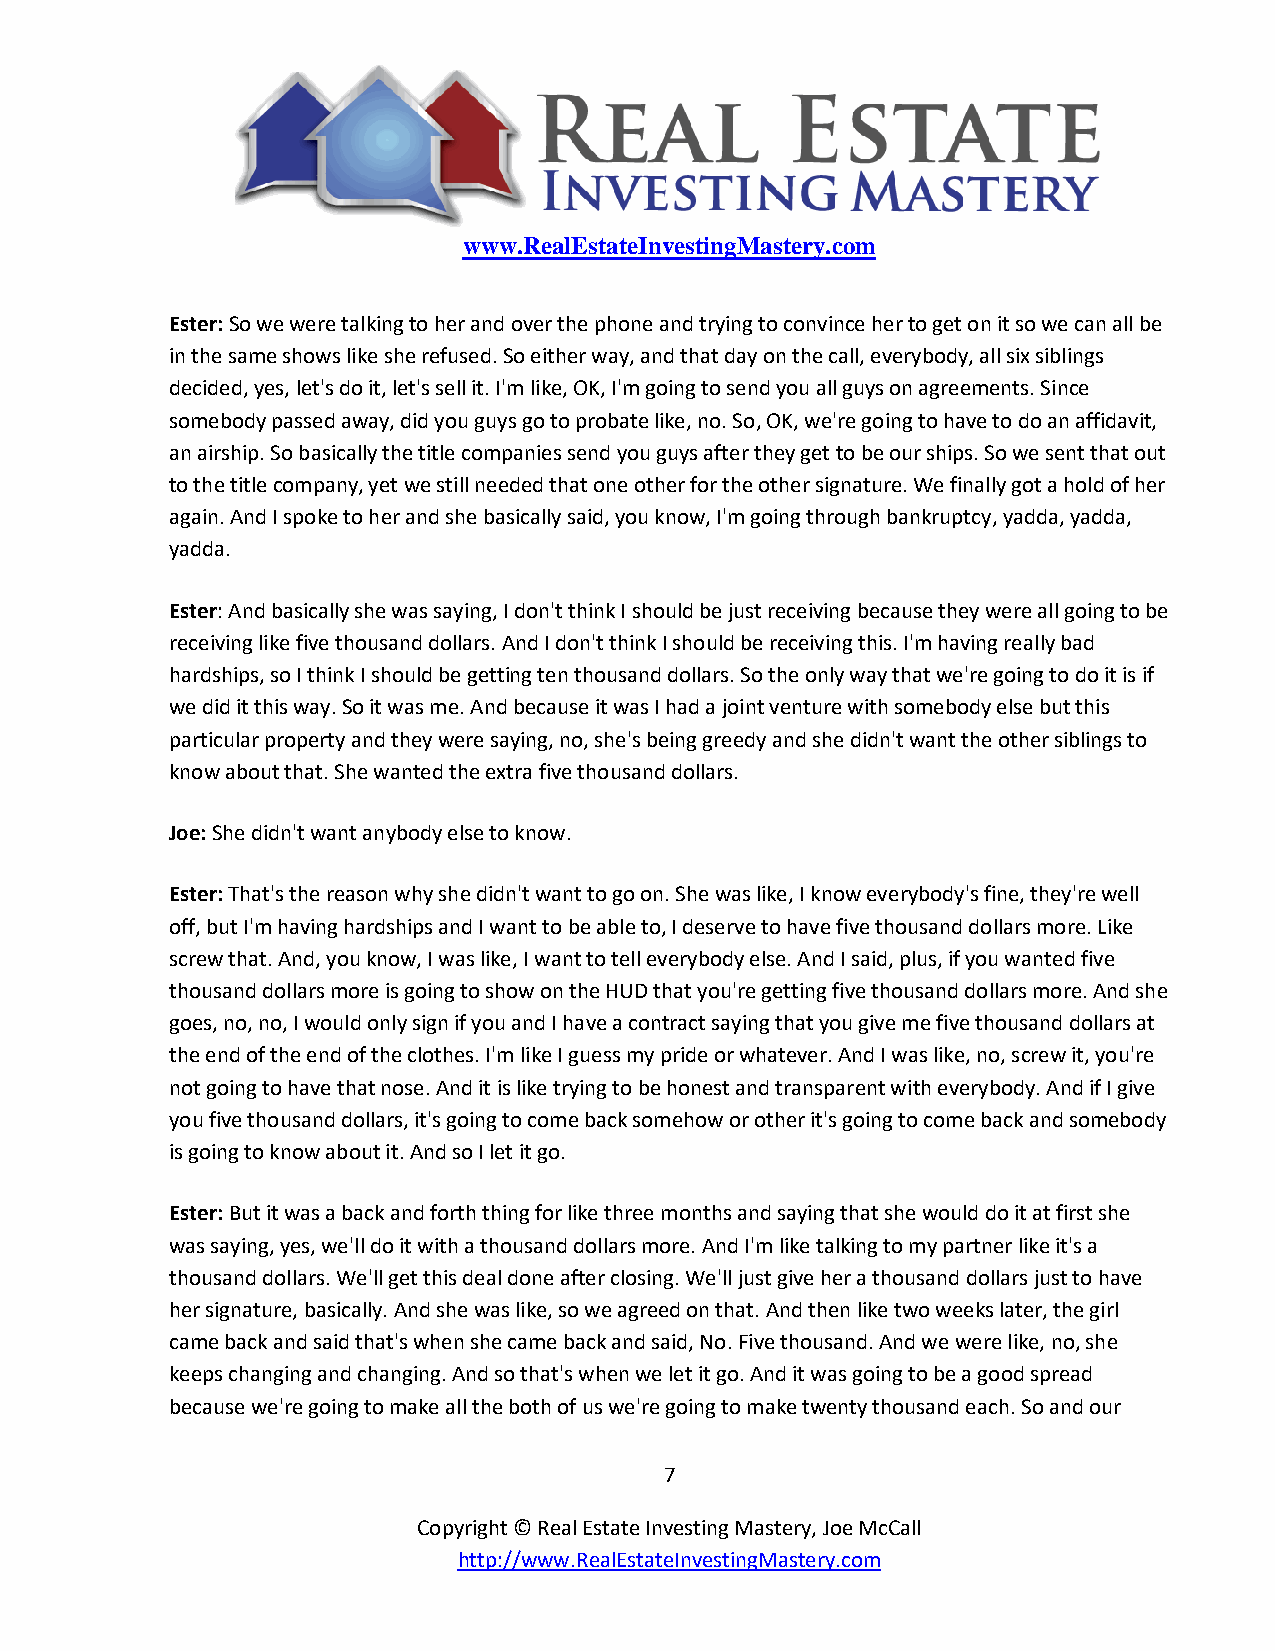
www.RealEstateInvestingMastery.com
 Ester: So we were talking to her and over the phone and trying to convince her to get on it so we can all be
 in the same shows like she refused. So either way, and that day on the call, everybody, all six siblings
 decided, yes, let's do it, let's sell it. I'm like, OK, I'm going to send you all guys on agreements. Since
 somebody passed away, did you guys go to probate like, no. So, OK, we're going to have to do an affidavit,
 an airship. So basically the title companies send you guys after they get to be our ships. So we sent that out
 to the title company, yet we still needed that one other for the other signature. We finally got a hold of her
 again. And I spoke to her and she basically said, you know, I'm going through bankruptcy, yadda, yadda,
 yadda.
 Ester: And basically she was saying, I don't think I should be just receiving because they were all going to be
 receiving like five thousand dollars. And I don't think I should be receiving this. I'm having really bad
 hardships, so I think I should be getting ten thousand dollars. So the only way that we're going to do it is if
 we did it this way. So it was me. And because it was I had a joint venture with somebody else but this
 particular property and they were saying, no, she's being greedy and she didn't want the other siblings to
 know about that. She wanted the extra five thousand dollars.
 Joe: She didn't want anybody else to know.
 Ester: That's the reason why she didn't want to go on. She was like, I know everybody's fine, they're well
 off, but I'm having hardships and I want to be able to, I deserve to have five thousand dollars more. Like
 screw that. And, you know, I was like, I want to tell everybody else. And I said, plus, if you wanted five
 thousand dollars more is going to show on the HUD that you're getting five thousand dollars more. And she
 goes, no, no, I would only sign if you and I have a contract saying that you give me five thousand dollars at
 the end of the end of the clothes. I'm like I guess my pride or whatever. And I was like, no, screw it, you're
 not going to have that nose. And it is like trying to be honest and transparent with everybody. And if I give
 you five thousand dollars, it's going to come back somehow or other it's going to come back and somebody
 is going to know about it. And so I let it go.
 Ester: But it was a back and forth thing for like three months and saying that she would do it at first she
 was saying, yes, we'll do it with a thousand dollars more. And I'm like talking to my partner like it's a
 thousand dollars. We'll get this deal done after closing. We'll just give her a thousand dollars just to have
 her signature, basically. And she was like, so we agreed on that. And then like two weeks later, the girl
 came back and said that's when she came back and said, No. Five thousand. And we were like, no, she
 keeps changing and changing. And so that's when we let it go. And it was going to be a good spread
 because we're going to make all the both of us we're going to make twenty thousand each. So and our
 7
 Copyright © Real Estate Investing Mastery, Joe McCall
 http://www.RealEstateInvestingMastery.com